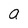
Character: a